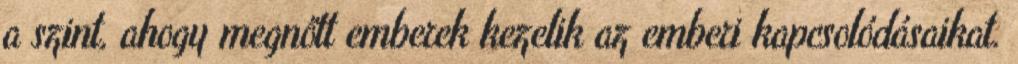
a szint, ahogy megnőtt emberek kezelik az emberi kapcsolódásaikat.